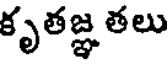
కృతజ్ఞ తలు